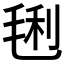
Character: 𣮂